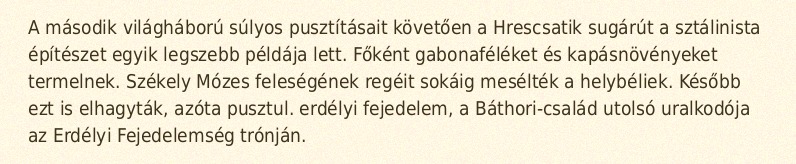
A második világháború súlyos pusztításait követően a Hrescsatik sugárút a sztálinista építészet egyik legszebb példája lett. Főként gabonaféléket és kapásnövényeket termelnek. Székely Mózes feleségének regéit sokáig mesélték a helybéliek. Később ezt is elhagyták, azóta pusztul. erdélyi fejedelem, a Báthori-család utolsó uralkodója az Erdélyi Fejedelemség trónján.